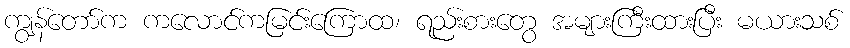
ကျွန်တော်က ကလောင်ကမြင်းကြောထ၊ ရည်းစားတွေ အများကြီးထားပြီး မယားသစ်